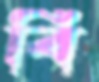
বি